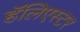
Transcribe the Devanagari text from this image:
हॅलिएस्टर